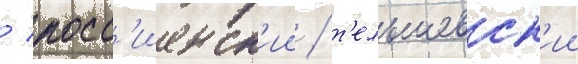
/ росс'иенск'ии / т'ельшевск'ии